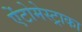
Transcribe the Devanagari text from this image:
ऐंटोमेस्ट्राका